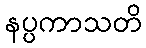
နပ္ပကာသတိ